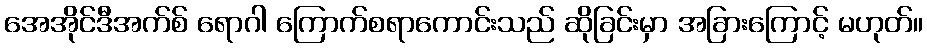
အေအိုင်ဒီအက်စ် ရောဂါ ကြောက်စရာကောင်းသည် ဆိုခြင်းမှာ အခြားကြောင့် မဟုတ်။